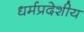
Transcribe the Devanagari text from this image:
धर्मप्रदेशीय